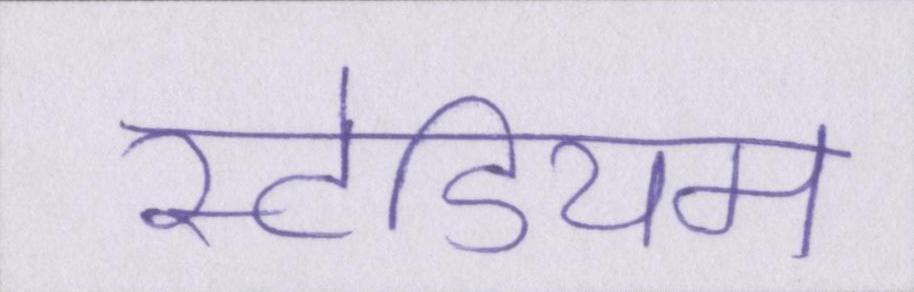
स्टेडियम